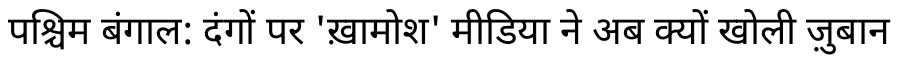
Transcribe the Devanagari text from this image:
पश्चिम बंगाल: दंगों पर 'ख़ामोश' मीडिया ने अब क्यों खोली ज़ुबान